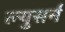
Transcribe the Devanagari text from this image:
ल्युसर्न